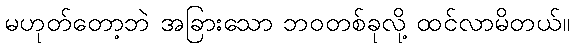
မဟုတ်တော့ဘဲ အခြားသော ဘဝတစ်ခုလို့ ထင်လာမိတယ်။